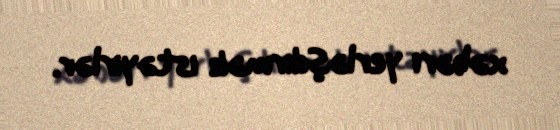
xəbəri yerləşdirmək istəyirlər.